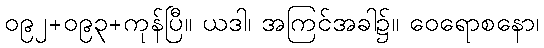
၀၉၂+၀၉၃+ကုန်ပြီ။ ယဒါ၊ အကြင်အခါ၌။ ဝေရောစနော၊